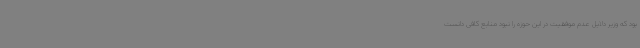
بود که وزیر دلایل عدم موفقیت در این حوزه را نبود منابع کافی دانست